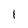
Character: 1